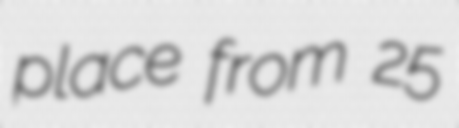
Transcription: place from 25